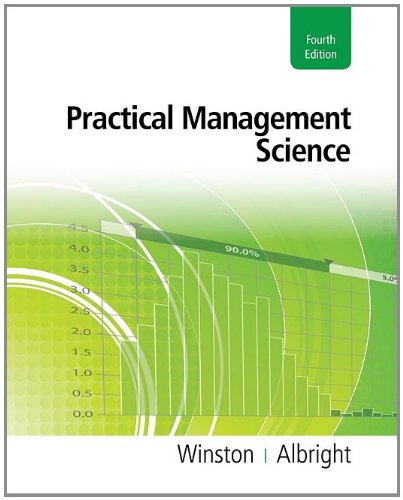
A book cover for Practical Management Science (with Essential Textbook Resources Printed Access Card); Wayne L. Winston; Business & Money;